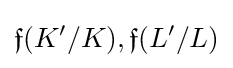
{\mathfrak {f}}(K'/K),{\mathfrak {f}}(L'/L)